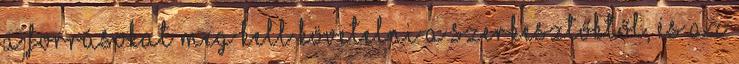
a forrásokat meg kell követelni a szerkesztőktől, és az